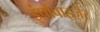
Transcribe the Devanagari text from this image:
इंप्रोवाइज़ेर